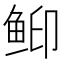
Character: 䲟